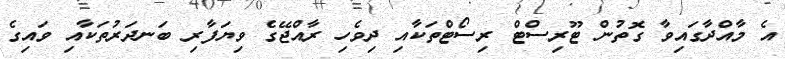
އެ މާއްދާގައިވާ ގޮތުން ޓޫރިސްޓް ރިސޯޓްތަކާއި ދިވެހި ރާއްޖޭގެ ވިޔަފާރި ބަނދަރުތަކާއި ވައިގެ